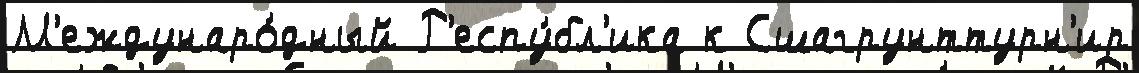
М'еждунаро́дный Р'еспу́бл'ика к Сшагрунттурн'ир